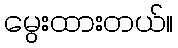
မွေးထားတယ်။